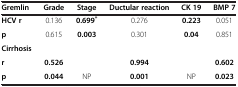
<table><thead><tr><td><b>Gremlin</b></td><td><b>Grade</b></td><td><b>Stage</b></td><td><b>Ductular reaction</b></td><td><b>CK 19</b></td><td><b>BMP 7</b></td></tr></thead><tbody><tr><td><b>HCV r</b></td><td>0.136</td><td><b>0.699</b><sup><b>*</b></sup></td><td>0.276</td><td><b>0.223</b></td><td>0.051</td></tr><tr><td><b>p</b></td><td>0.615</td><td><b>0.003</b></td><td>0.301</td><td><b>0.04</b></td><td>0.851</td></tr><tr><td><b>Cirrhosis</b></td><td> </td><td> </td><td> </td><td> </td><td> </td></tr><tr><td><b>r</b></td><td><b>0.526</b></td><td> </td><td><b>0.994</b></td><td> </td><td><b>0.602</b></td></tr><tr><td><b>p</b></td><td><b>0.044</b></td><td>NP</td><td><b>0.001</b></td><td>NP</td><td><b>0.023</b></td></tr></tbody></table>